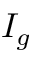
I _ { g }